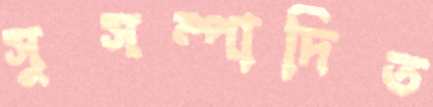
সুসম্পাদিত